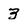
Character: 3